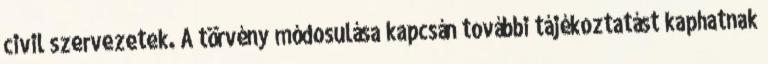
civil szervezetek. A törvény módosulása kapcsán további tájékoztatást kaphatnak